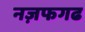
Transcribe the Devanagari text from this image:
नज़फगढ